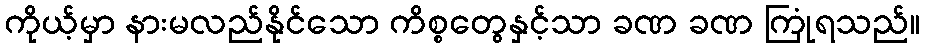
ကိုယ့်မှာ နားမလည်နိုင်သော ကိစ္စတွေနှင့်သာ ခဏ ခဏ ကြုံရသည်။